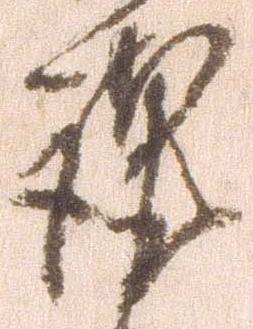
謹